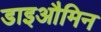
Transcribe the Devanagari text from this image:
डाइऔमिन